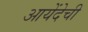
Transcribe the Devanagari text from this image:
आयेंदेची